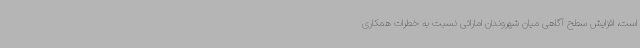
است، افزایش سطح آگاهی میان شهروندان اماراتی نسبت به خطرات همکاری